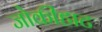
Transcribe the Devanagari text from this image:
जोकीहाट